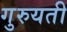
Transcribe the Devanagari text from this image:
गुरुयती